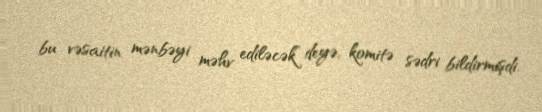
bu vəsaitin mənbəyi məhv ediləcək” deyə, komitə sədri bildirmişdi.